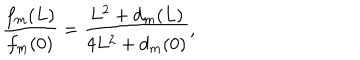
LaTeX: \frac { f _ { m } ( L ) } { f _ { m } ( 0 ) } = \frac { L ^ { 2 } + d _ { m } ( L ) } { 4 L ^ { 2 } + d _ { m } ( 0 ) } ,